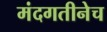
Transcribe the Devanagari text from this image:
मंदगतीनेच